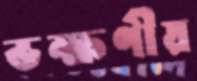
ভক্ষণীয়